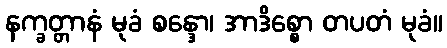
နက္ခတ္တာနံ မုခံ စန္ဒော၊ အာဒိစ္စော တပတံ မုခံ။